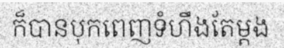
ក៏បានបុកពេញទំហឹងតែម្តង